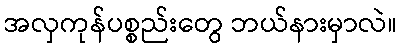
အလှကုန်ပစ္စည်းတွေ ဘယ်နားမှာလဲ။